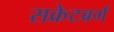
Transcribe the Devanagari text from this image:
सक्रेटबर्ग